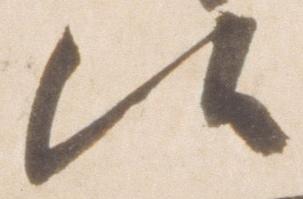
候